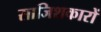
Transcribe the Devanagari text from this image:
साजिशकारों